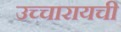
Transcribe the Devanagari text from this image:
उच्चारायची